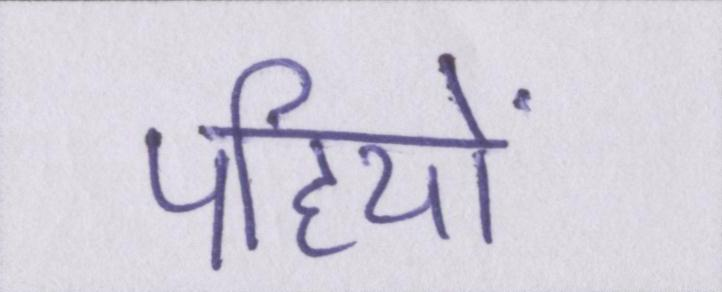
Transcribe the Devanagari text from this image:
पहियों